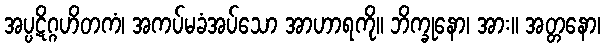
အပ္ပဋိဂ္ဂဟိတကံ၊ အကပ်မခံအပ်သော အာဟာရကို။ ဘိက္ခုနော၊ အား။ အတ္တနော၊